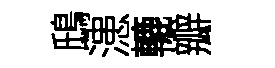
鴟漶轆瓣